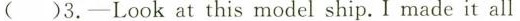
( )3.-Look at this model ship. I made it all